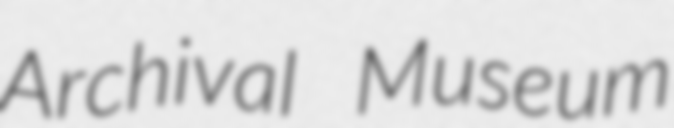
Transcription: Archival Museum